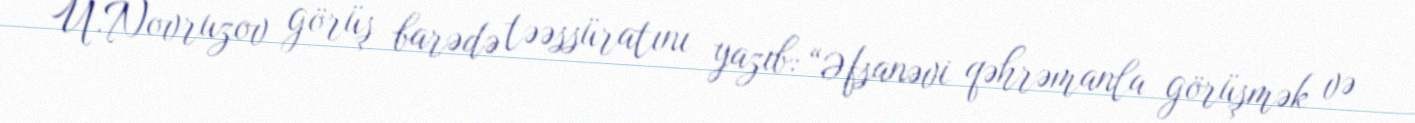
Ü.Novruzov görüş barədə təəssüratını yazıb: “Əfsanəvi qəhrəmanla görüşmək və